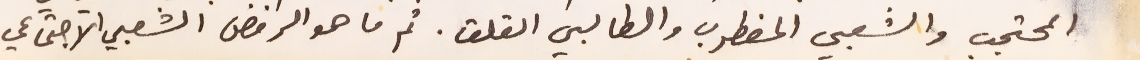
المحتجب والشعبي المضطرب والطالبي القلق. ثم ما هو الرفض الشعبي الاجتماعي